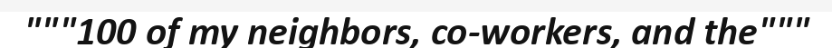
"""100 of my neighbors, co-workers, and the"""